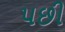
૫છી